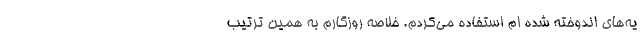
یه‌های اندوخته شده ام استفاده می‌کردم. خلاصه روزگارم به همین ترتیب